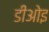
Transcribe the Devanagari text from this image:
डीओइ